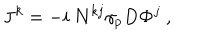
{ \bf J } ^ { k } = - i ~ { \bf N } ^ { k j } \gamma _ { p } D { \bf \Phi } ^ { j } ~ ,